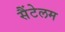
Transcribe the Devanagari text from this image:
सैंटेलम